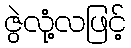
ဇွဲလုံ့လဖြင့်